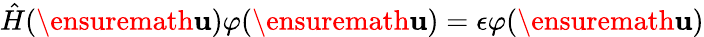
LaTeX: \hat{H}(\ensuremath{\mathbf{u}})\varphi(\ensuremath{\mathbf{u}})=\epsilon\varphi(\ensuremath{\mathbf{u}})